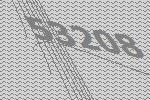
53208